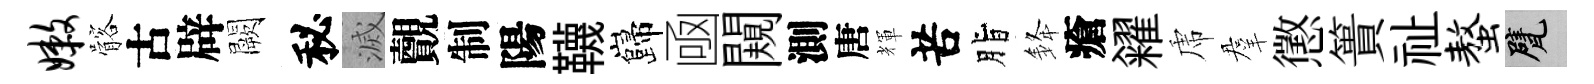
嫩髂古辟闕秘滅覿制陽韈巋凾闚測唐輝苦脂𨦟瘡糴虎羣懲簣祉螯甓